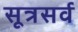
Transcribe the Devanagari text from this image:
सूत्रसर्व